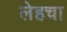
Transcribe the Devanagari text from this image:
लेहचा